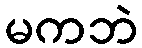
မကဘဲ